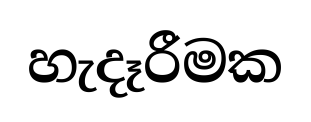
හැදෑරීමක